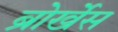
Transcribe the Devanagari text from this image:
ब्रोर्खेस